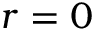
r = 0